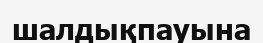
шалдықпауына